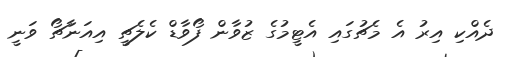
ދެއްކި އިރު އެ މެޗުގައި އެޓީމުގެ ޒުވާން ފޯވާޑް ކެލެޗީ އިއަނާޗޯ ވަނީ